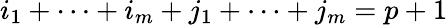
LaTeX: i_{1}+\cdots+i_{m}+j_{1}+\cdots+j_{m}=p+1